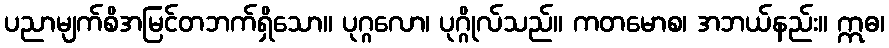
ပညာမျက်စိအမြင်တဘက်ရှိသော။ ပုဂ္ဂလော၊ ပုဂ္ဂိုလ်သည်။ ကတမောစ၊ အဘယ်နည်း။ ဣဓ၊